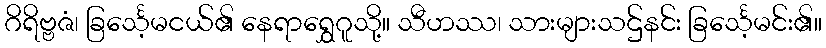
ဂိရိဗ္ဗဇံ၊ ခြင်္သေ့မငယ်၏ နေရာရွှေဂူသို့။ သီဟဿ၊ သားများသဌ်နင်း ခြင်္သေ့မင်း၏။